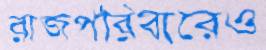
রাজপরিবারেও